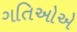
ગતિઓએ